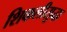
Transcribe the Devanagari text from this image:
शिकलीसुद्धा